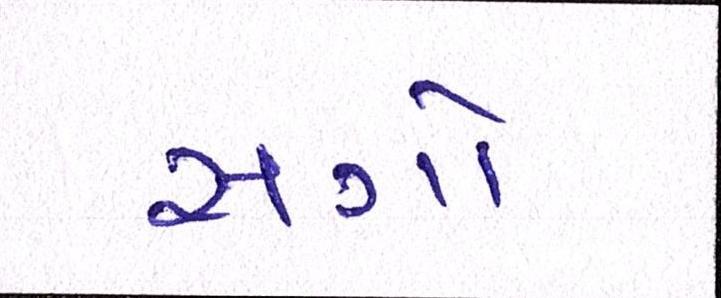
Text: સગો